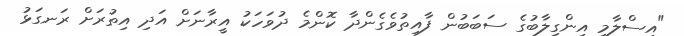
"އިސްލާމީ އިންގިލާބުގެ ސަބަބުން ފާއިތުވެގެންދާ ކޮންމެ ދުވަހަކު އީރާނަށް އަދި އިތުރަށް ރަނގަޅު